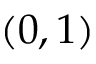
( 0 , 1 )